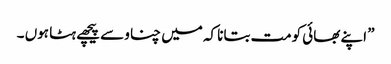
” اپنے بھائی کومت بتانا کہ میں چناو سے پیچھے ہٹا ہوں ۔